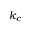
k _ { c }